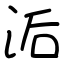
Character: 洉